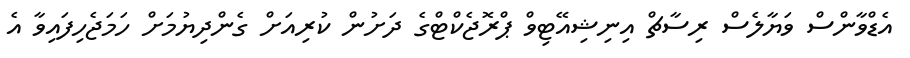
އެޑްވާންސް ވަޔާލެސް ރިސާޗް އިނިޝިއޭޓިވް ޕްރޮޖެކްޓްގެ ދަށުން ކުރިއަށް ގެންދިޔުމަށް ހަމަޖެހިފައިވާ އެ